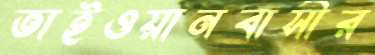
তাইওয়ানবাসীর